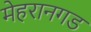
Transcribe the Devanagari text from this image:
मेहरानगड